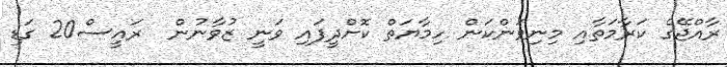
ރާއްޖޭގެ ކަރާމަތާއި މިނިވަންކަން ހިމާޔަތް ކޮށްދީފައި ވަނީ ޒުވާނުން  ރައީސް20 ގަޑި